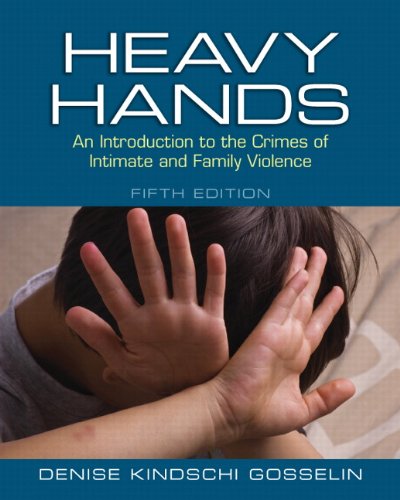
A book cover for Heavy Hands: An Introduction to the Crimes of Intimate and Family Violence (5th Edition) (New 2013 Counseling Titles); Denise Kindschi Gosselin; Parenting & Relationships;